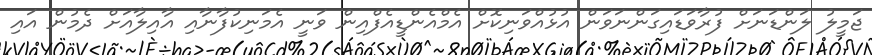
ޖަމީލު ލަންޑަނަށް ފުރާވަޑައިގަންނަވަން އުޅުއްވަނިކޮށް އެމްއެންޑީއެފްއިން ވަނީ އެމަނިކުފާނާއި އާއިލާއަށް ދެމުން އައި